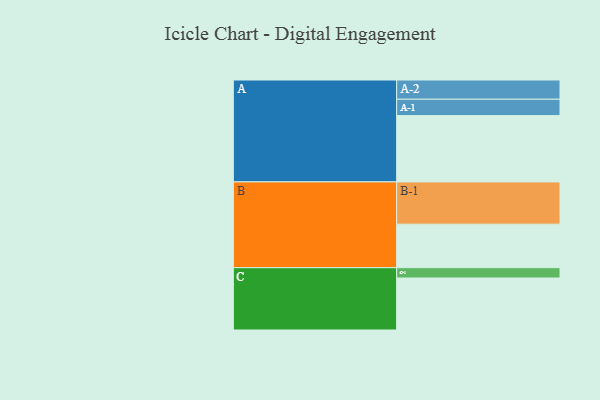
{"axis": {"x": "Segment", "y": "Value"}, "legend": ["", "A", "B", "C"], "data": [{"x": "A", "y": 469, "type": ""}, {"x": "B", "y": 308, "type": ""}, {"x": "C", "y": 368, "type": ""}, {"x": "A-1", "y": 116, "type": "A"}, {"x": "A-2", "y": 136, "type": "A"}, {"x": "B-1", "y": 299, "type": "B"}, {"x": "C-1", "y": 73, "type": "C"}]}